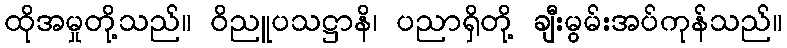
ထိုအမှုတို့သည်။ ဝိညူပသဋ္ဌာနိ၊ ပညာရှိတို့ ချီးမွမ်းအပ်ကုန်သည်။